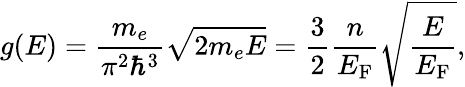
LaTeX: g(E)={\frac{m_{e}}{\pi^{2}\hbar^{3}}}{\sqrt{2m_{e}E}}={\frac{3}{2}}{\frac{n}{E_{\mathrm{{F}}}}}{\sqrt{\frac{E}{E_{\mathrm{{F}}}}}},